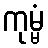
ကုမ္မံ